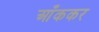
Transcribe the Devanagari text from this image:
आँककर